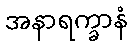
အနာရက္ခာနံ